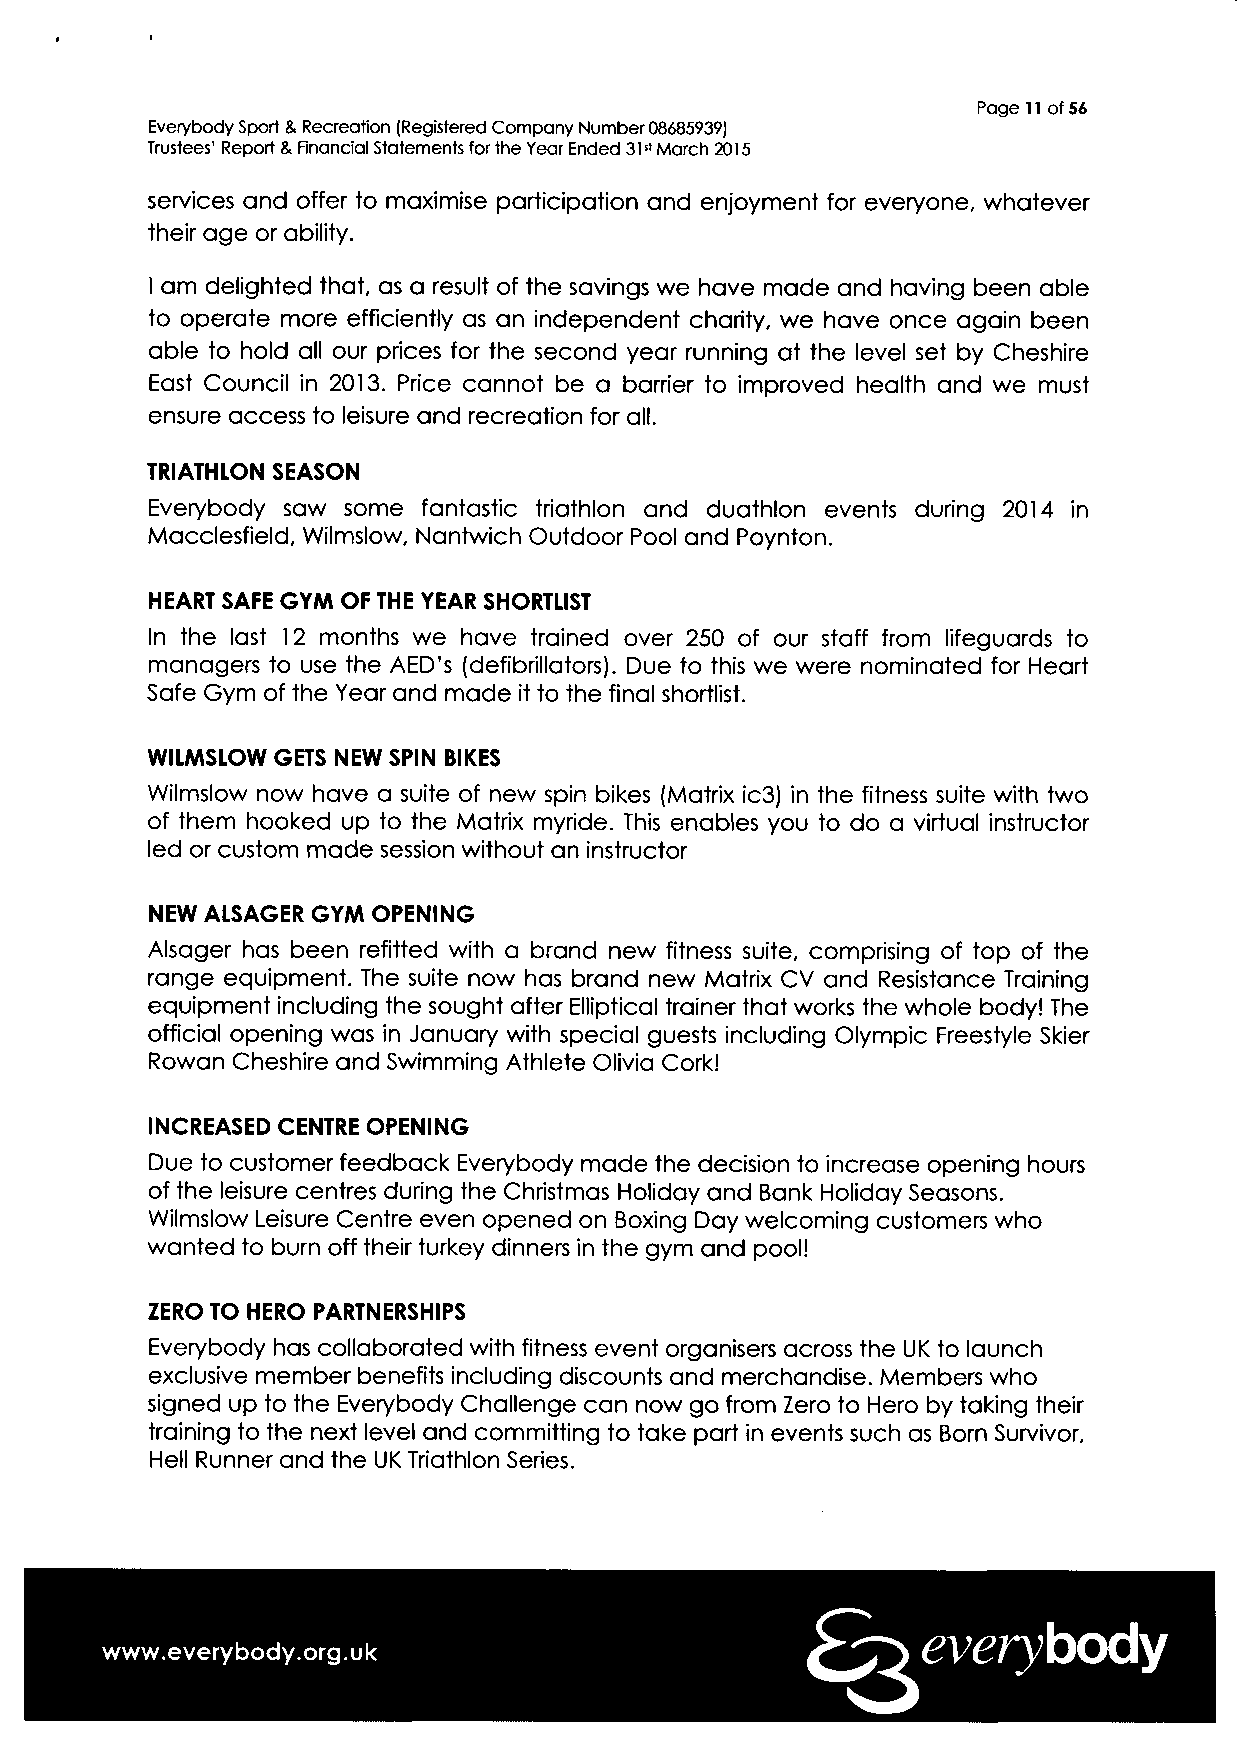
Page 11 of 56
 Everybody Sport & Recreation (Registered Company Number 08685939)
 Trustees' Report & Financial Statements for the Year Ended 31st March 2015
 services and offer to maximise participation and enjoyment for everyone, whatever
 their age or ability.
 I am delighted that, as a result of the savings we have made and having been able
 to operate more efficiently as an independent charity, we have once again been
 able to hold all our prices for the second year running at the level set by Cheshire
 East Council in 2013. Price cannot be a barrier to improved health and we must
 ensure access to leisure and recreation for all.
 TRIATHLON SEASON
 Everybody saw some fantastic triathlon and duathlon events during 2014 in
 Macclesfield, Wilmslow, Nantwich Outdoor Pool and Poynton.
 HEART SAFE GYM OF THE YEAR SHORTLIST
 In the last 12 months we have trained over 250 of our staff from lifeguards to
 managers to use the AED's (defibrillators). Due to this we were nominated for Heart
 Safe Gym of the Year and made it to the final shortlist.
 WILMSLOW GETS NEW SPIN BIKES
 Wilmslow now have a suite of new spin bikes (Matrix ic3) in the fitness suite with two
 of them hooked up to the Matrix myride. This enables you to do a virtual instructor
 led or custom made session without an instructor
 NEW ALSAGER GYM OPENING
 Alsager has been refitted with a brand new fitness suite, comprising of top of the
 range equipment. The suite now has brand new Matrix CV and Resistance Training
 equipment including the sought after Elliptical trainer that works the whole body! The
 official opening was in January with special guests including Olympic Freestyle Skier
 Rowan Cheshire and Swimming Athlete Olivia Cork!
 INCREASED CENTRE OPENING
 Due to customer feedback Everybody made the decision to increase opening hours
 of the leisure centres during the Christmas Holiday and Bank Holiday Seasons.
 Wilmslow Leisure Centre even opened on Boxing Day welcoming customers who
 wanted to burn off their turkey dinners in the gym and pool!
 ZERO TO HERO PARTNERSHIPS
 Everybody has collaborated with fitness event organisers across the UK to launch
 exclusive member benefits including discounts and merchandise. Members who
 signed up to the Everybody Challenge can now go from Zero to Hero by taking their
 training to the next level and committing to take part in events such as Born Survivor,
 Hell Runner and the UK Triathlon Series.
 everybody
 www.everybody.org.uk